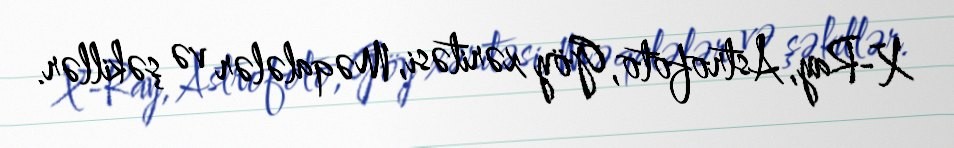
X-Ray, Astrofoto, Göy xəritəsi, Məqalələr və şəkillər.